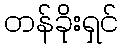
တန်ခိုးရှင်